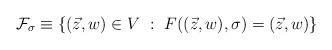
LaTeX: \begin{align*}\mathcal F_\sigma\equiv\left\{ (\vec z, w)\in V~ : ~F((\vec z,w),\sigma) = (\vec z,w) \right\}\end{align*}